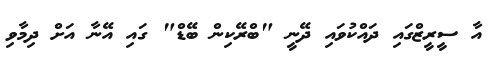
އާ ސީރީޒްގައި ދައްކުވައި ދޭނީ "ބްރޭކިން ބޭޑް" ގައި އޭނާ އަށް ދިމާވި